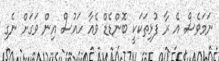
ނަމަވެސް އެ ރާ ފުޅިތަކަކީ ބޮންޑެޑް ވެއާ ހައުސް އިން ވަގަށް ނެގި